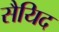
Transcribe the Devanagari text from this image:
सैयिद